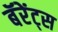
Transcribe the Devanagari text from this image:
बॅरेंट्‌स